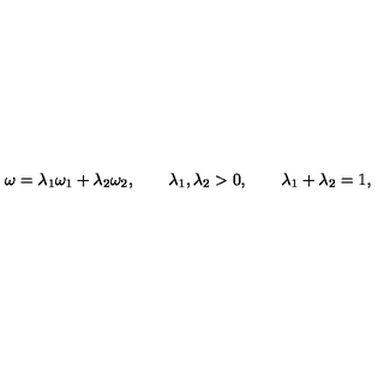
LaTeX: \omega = \lambda _ { 1 } \omega _ { 1 } + \lambda _ { 2 } \omega _ { 2 } , \qquad \lambda _ { 1 } , \lambda _ { 2 } > 0 , \qquad \lambda _ { 1 } + \lambda _ { 2 } = 1 ,